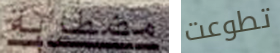
مضطربة تطوعت